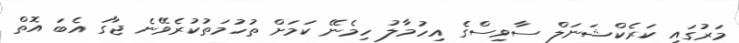
މަރުގައި ކަރެކްޝަނަލް ސާވިސްގެ އިހުމާލު ހިމެނޭ ކަމަށް ތުހުމަތުކުރެވޭނެ ޖާގަ އެބަ އޮތް